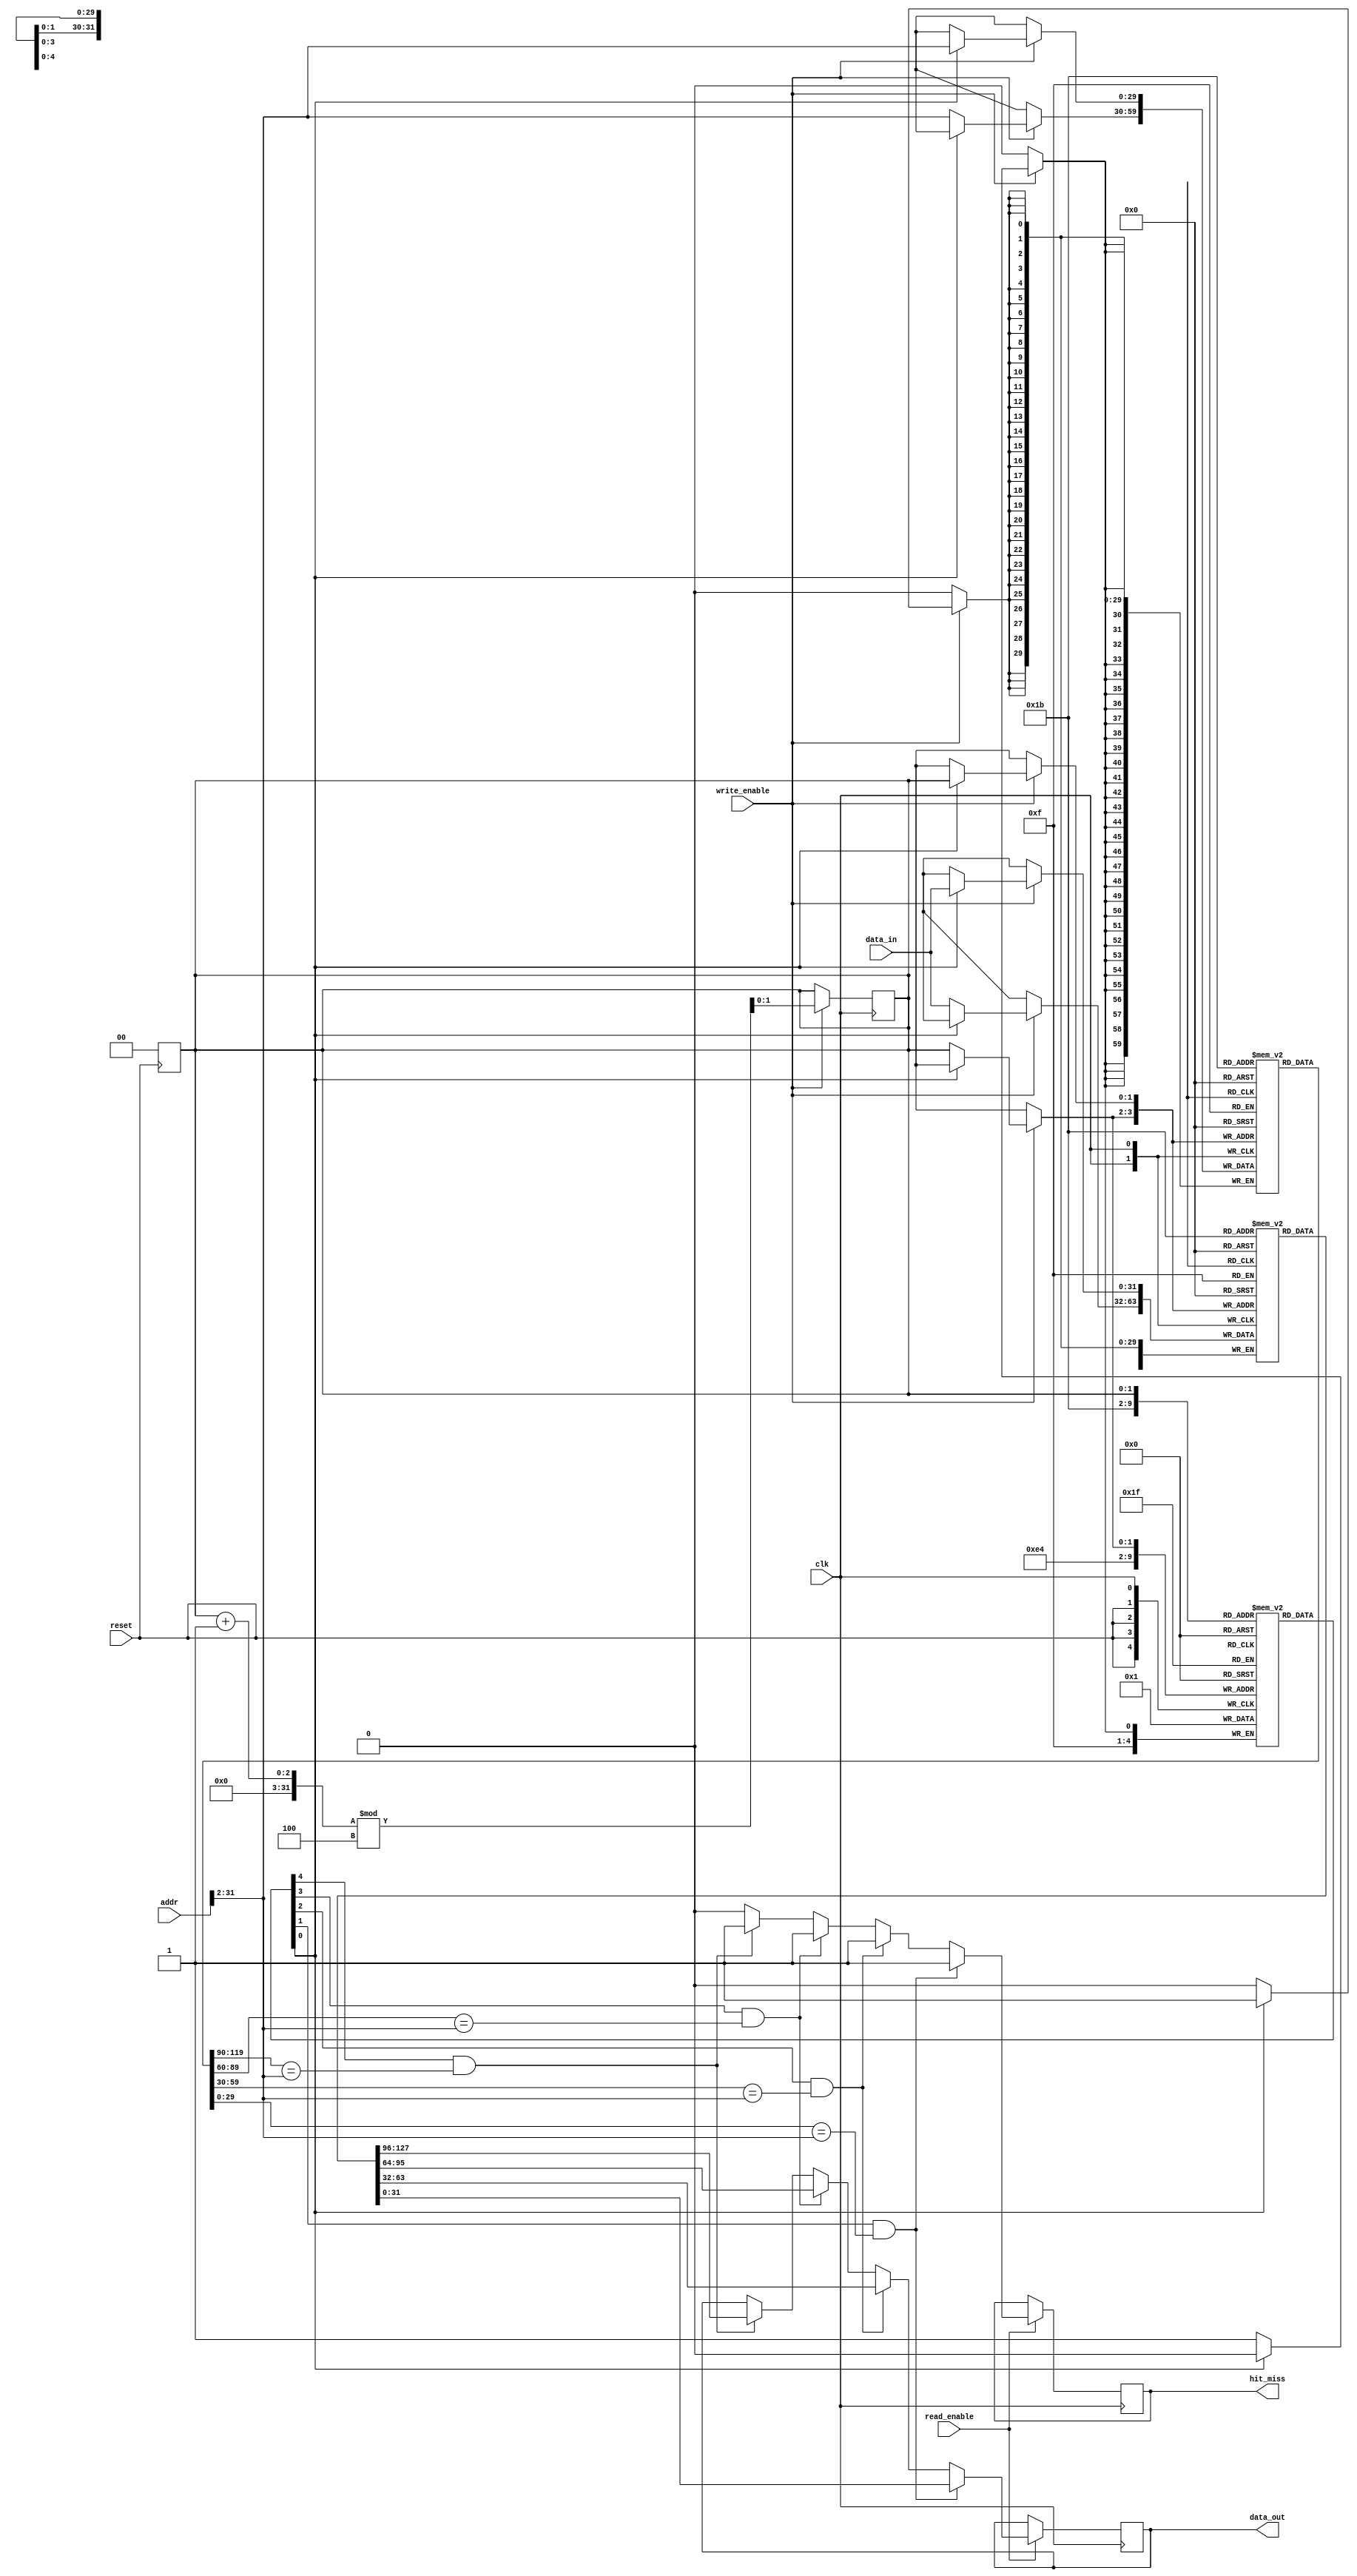
module victim_cache #(
    parameter ADDR_WIDTH = 32,      // Address width
    parameter DATA_WIDTH = 32,      // Data width
    parameter CACHE_SIZE = 4,       // Number of cache lines
    parameter TAG_WIDTH = ADDR_WIDTH - 2 // Assuming 4-byte cache lines
)(
    input wire clk,
    input wire reset,
    input wire [ADDR_WIDTH-1:0] addr, // Address input
    input wire read_enable,             // Read enable signal
    input wire write_enable,            // Write enable signal
    input wire [DATA_WIDTH-1:0] data_in, // Data input for write
    output reg [DATA_WIDTH-1:0] data_out, // Data output on hit
    output reg hit_miss                // Hit (1) or Miss (0)
);

    // Cache storage and tag arrays
    reg [DATA_WIDTH-1:0] cache_data [0:CACHE_SIZE-1];
    reg [TAG_WIDTH-1:0] cache_tag [0:CACHE_SIZE-1];
    reg valid [0:CACHE_SIZE-1]; // Valid bits for each cache line
    reg [1:0] fifo_ptr; // Pointer for FIFO replacement policy

    // Initialize cache
    integer i;
    always @(posedge reset) begin
        for (i = 0; i < CACHE_SIZE; i = i + 1) begin
            valid[i] <= 0;
        end
        fifo_ptr <= 0;
    end

    // Read and Write Operations
    always @(posedge clk) begin
        if (read_enable) begin
            hit_miss <= 0; // Default to miss
            for (i = 0; i < CACHE_SIZE; i = i + 1) begin
                if (valid[i] && (cache_tag[i] == addr[ADDR_WIDTH-1:2])) begin
                    data_out <= cache_data[i];
                    hit_miss <= 1; // Hit
                end
            end
        end

        if (write_enable) begin
            // Check for empty slot or replace using FIFO policy
            if (valid[fifo_ptr]) begin
                // Evict the current FIFO entry
                cache_tag[fifo_ptr] <= addr[ADDR_WIDTH-1:2];
                cache_data[fifo_ptr] <= data_in;
            end else begin
                // Store new entry
                cache_tag[fifo_ptr] <= addr[ADDR_WIDTH-1:2];
                cache_data[fifo_ptr] <= data_in;
                valid[fifo_ptr] <= 1; // Mark as valid
            end
            // Update FIFO pointer
            fifo_ptr <= (fifo_ptr + 1) % CACHE_SIZE;
        end
    end

endmodule